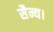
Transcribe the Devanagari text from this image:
सैन्य।